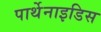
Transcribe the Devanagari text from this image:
पार्थेनाइडिस